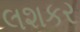
લશકર